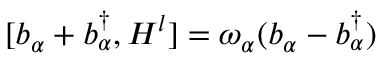
[ b _ { \alpha } + b _ { \alpha } ^ { \dagger } , H ^ { l } ] = \omega _ { \alpha } ( b _ { \alpha } - b _ { \alpha } ^ { \dagger } )